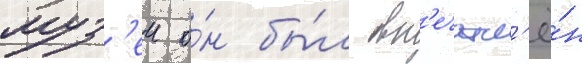
муз'еи о́н бы́л вп'ечатл'ё́н